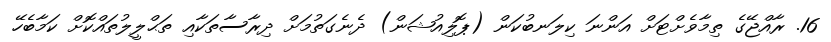
16. ރާއްޖޭގެ ތިމާވެށްޓަށް އަންނަ ކިލަނބުކަން (ޕޮލިއުޝަން) ދެނެގަތުމަށް ދިރާސާތަކާއި ތަޙްލީލުތައްކޮށް ކަމާބެހޭ